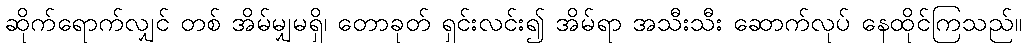
ဆိုက်ရောက်လျှင် တစ် အိမ်မျှမရှိ၊ တောခုတ် ရှင်းလင်း၍ အိမ်ရာ အသီးသီး ဆောက်လုပ် နေထိုင်ကြသည်။